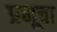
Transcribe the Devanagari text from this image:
प्रभूचा